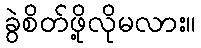
ခွဲစိတ်ဖို့လိုမလား။